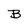
Character: B